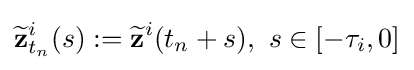
{\widetilde {\mathbf {z} }}_{t_{n}}^{i}(s):={\widetilde {\mathbf {z} }}^{i}(t_{n}+s),{\text{ }}s\in [-\tau _{i},0]